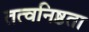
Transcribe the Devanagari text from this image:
तत्वनिष्ठता